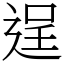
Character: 逞